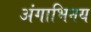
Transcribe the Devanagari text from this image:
अंगाभिनय